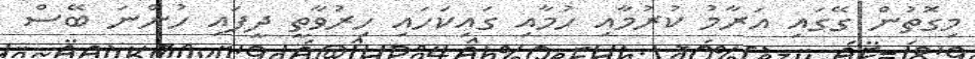
މިގޮތުން ގޭގައި އަރާމު ކުރުމާއި ހުމާއި ގައިކަހައި ހިރުވާތީ ދީފައި ހުންނަ ބޭސް